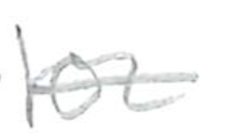
Text: for
Cross-out: single-line
Writing tool: pencil